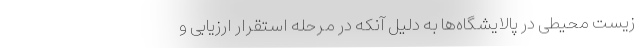
زیست محیطی در پالایشگاه‌ها به دلیل آنکه در مرحله استقرار ارزیابی و